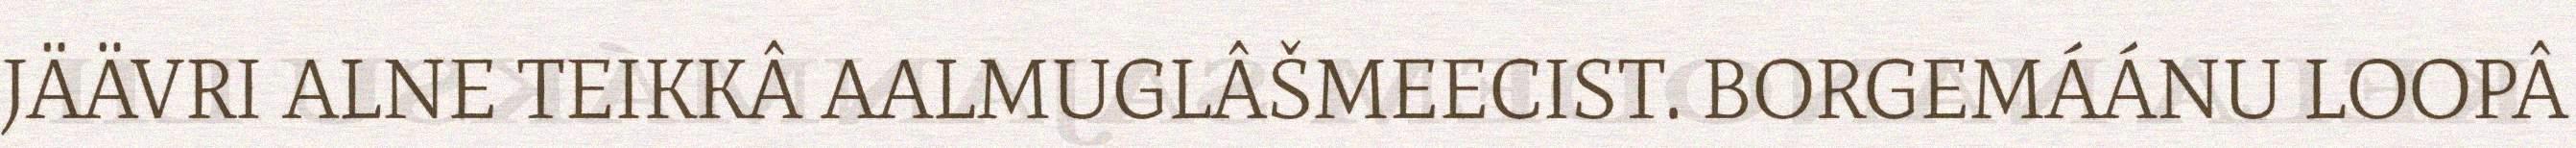
JÄÄVRI ALNE TEIKKÂ AALMUGLÂŠMEECIST. BORGEMÁÁNU LOOPÂ